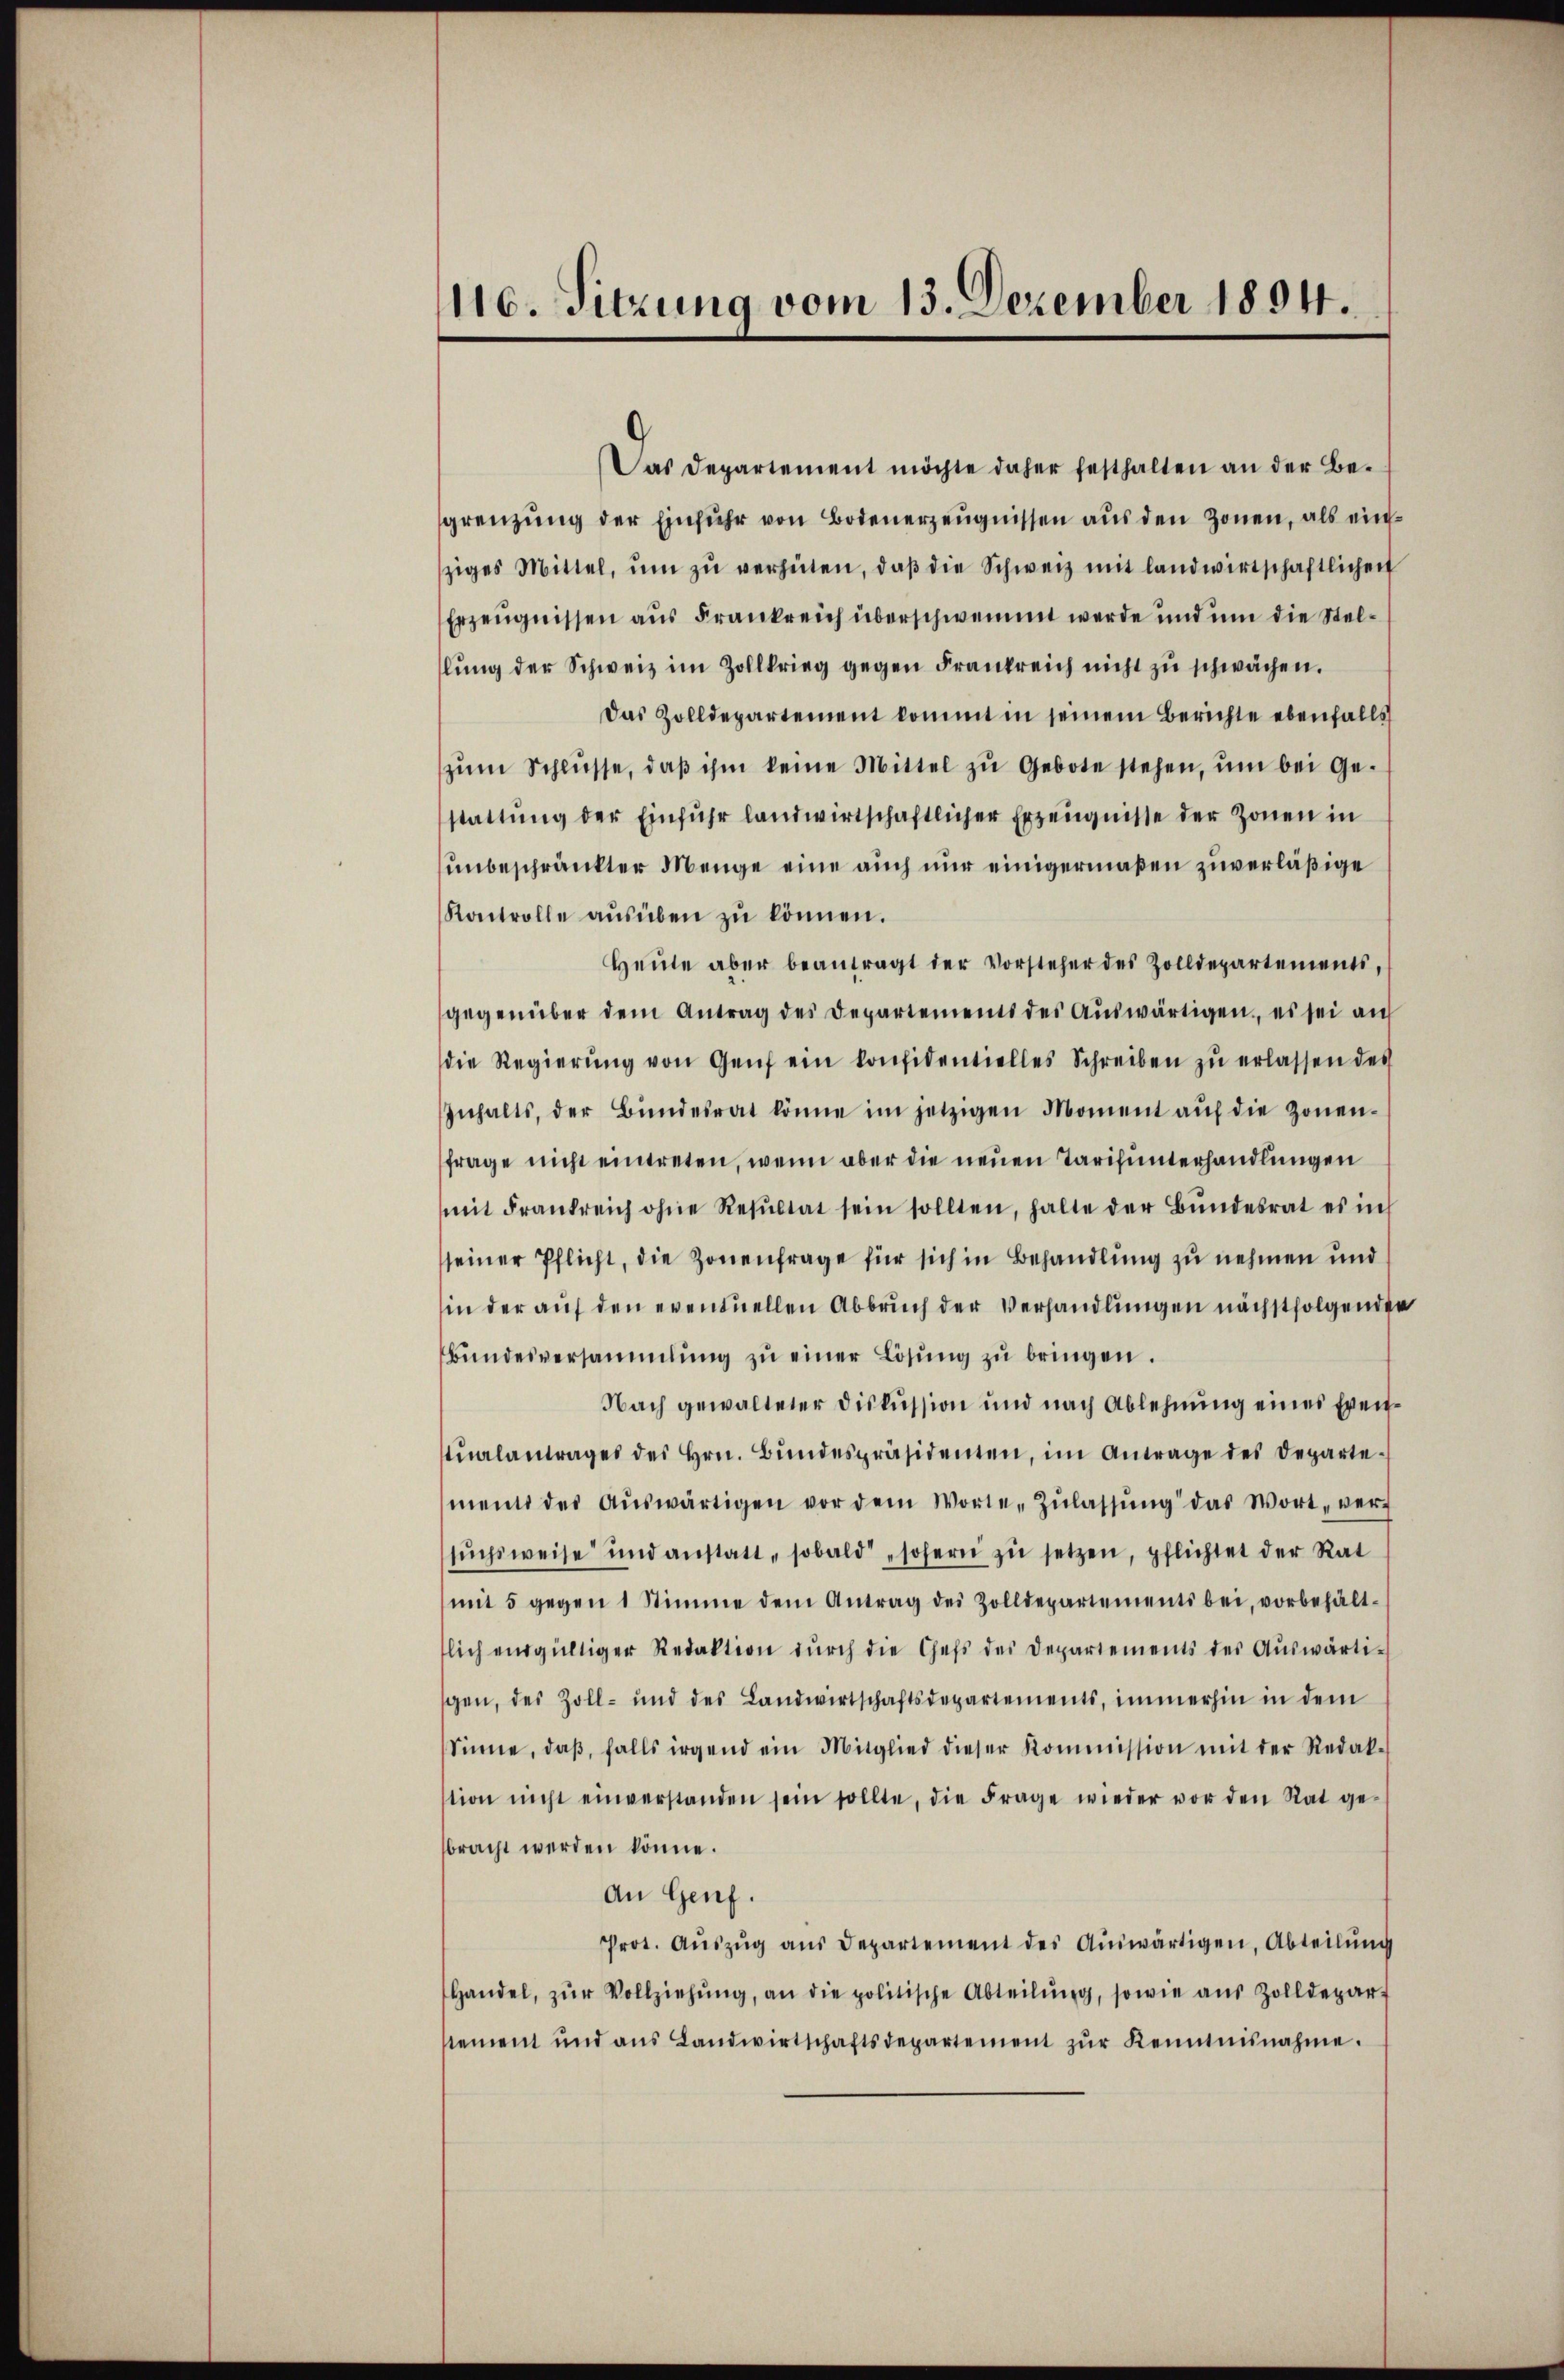
116. Sitzung vom 13. Dezember 1894.

Das Departement möchte daher festhalten an der Be-
sgrenzung der Einfuhr von Botenerzeugnissen aus den Zonen, als einziges Mittel, ŭm zŭ verhüten, daβ die Schweiz mit landwirtschaftlichen
Erzeugnissen aus Frankreich überschwemmt werde und um die Stellŭng der Schweiz im Zollkrieg gegen Frankreich nicht zu schwächen.
Das Zolldepartement kommt in seinem Berichte ebenfalls
zŭm Schlüsse, daβ ihm keine Mittel zŭ Gebote stehen, ŭm bei Ge-
stattŭng der Einfuhr landwirtschaftlicher Erzeugnisse der Zonen in
unbeschränkter Menge eine auch nur einigermaßen zuverläßige
Kontrolle aŭsüben zŭ können.
Heŭte aber beantragt der Vorsteher des Zolldepartements,
gegenüber dem Antrag des Departements des Aŭswärtigen, es sei auf
die Regierŭng von Genf ein konfidentielles Schreiben zŭ erlassen des
Inhalts, der Bŭndesrat könne im jetzigen Moment aŭf die Zonen-
frage nicht eintreten, wenn aber die neuen Tarifunterhandlungen
mit Frankreich ohne Resŭltat sein sollten, halte der Bŭndesrat es in
seiner Pflicht, die Zonenfrage für sich in Behandlung zu nehmen und
in der auf den eventuellen Abbruch der Verhandlungen nächstfolgenden
bŭndesversammlung zŭ einer Lösŭng zŭ bringen.
Nach gewalteter Diskussion und nach Ablehnung eines Evenŭalantrages des Hrn. Bŭndespräsidenten, im Antrage des Departe-
ment des Aŭswärtigen vor dem Worte Zŭlassŭng das Wort, ver-
sŭchsweise und anstatt, sobald sofern zŭ setzen, pflichtet der Rat
mit 5 gegen 1 Stimme dem Antrag des Zolldepartements bei, vorbehält-
lich endgültiger Redaktion dŭrch die Chefs des Departements der Aŭswärti-
gen, des Zoll- und des Landwirtschaftsdepartements, immerhin in dem
Sinne, daβ, falls irgend ein Mitglied dieser Kommission mit der Redak-
stion nicht einverstanden sein sollte, die Frage wieder vor den Rat ge-
bracht werden könne.
An Genf.
Prot. Aŭszŭg ans Departement des Auswärtigen, Abteilung
Handel, zŭr Vollziehŭng, an die politische Abteilŭng, sowie aŭs Zolldepar-
tement und ans Landwirtschaftsdepartement zŭr Kenntnisnahme.